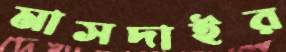
মাসদাইর